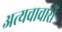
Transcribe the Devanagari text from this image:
अत्यचाचारों